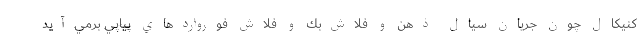
كنيكال چون جريان سيال ذهن و فلاش‌بك و فلاش فورواردهاي پياپي برمي‌آيد